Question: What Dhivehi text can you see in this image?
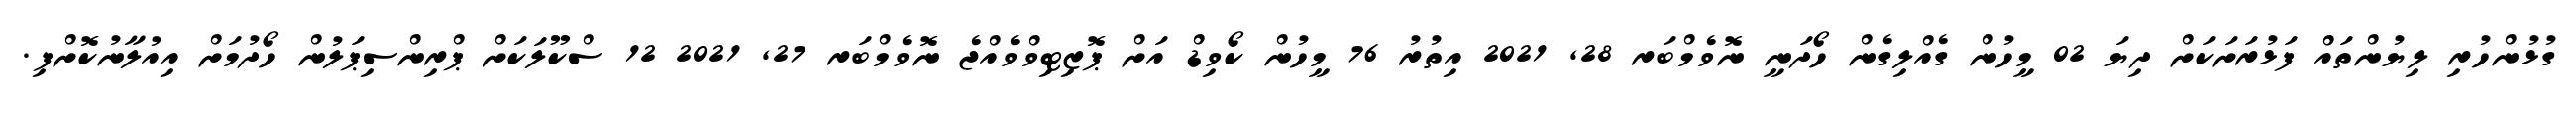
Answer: ގުޅުންހުރި ލިޔުންތައް ފަޅުރަށަކަށް ދިޔަ 02 މީހުން ގެއްލިގެން ހޯދަނީ ނޮވެމްބަރ 28, 2021 އިތުރު 76 މީހުން ކޯވިޑް އަށް ޕޮޒިޓިވްވެއްޖެ ނޮވެމްބަރ 27, 2021 12 ސްކޫލަކަށް ޕްރިންސިޕަލުން ހޯދުމަށް އިއުލާނުކޮށްފި.